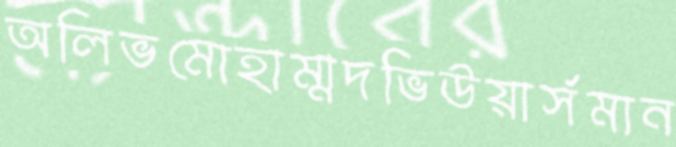
অলিভমোহাম্মদভিউয়ার্সমান